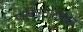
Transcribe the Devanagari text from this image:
पाकिस्तानपेक्षा